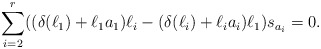
\begin{align*}\sum_{i=2}^{r}((\delta(\ell_1)+\ell_1a_1)\ell_i-(\delta(\ell_i)+\ell_ia_i)\ell_1)s_{a_i}=0.\end{align*}